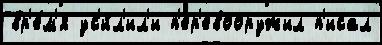
вр'е́м'я ус'и́л'ил'и п'ер'евооружил п'исал